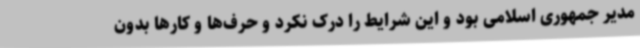
مدیر جمهوری اسلامی بود و این شرایط را درک نکرد و حرف‌ها و کارها بدون